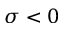
\sigma < 0